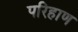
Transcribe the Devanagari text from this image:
परिहाण